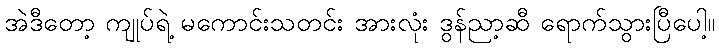
အဲဒီတော့ ကျုပ်ရဲ့ မကောင်းသတင်း အားလုံး ဒွန်ညာ့ဆီ ရောက်သွားပြီပေါ့။